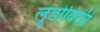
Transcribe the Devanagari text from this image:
लुडोविसी